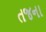
તજના